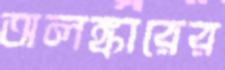
অলঙ্কারের